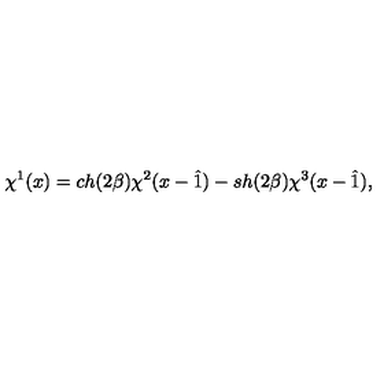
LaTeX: \chi ^ { 1 } ( x ) = c h ( 2 \beta ) \chi ^ { 2 } ( x - \hat { 1 } ) - s h ( 2 \beta ) \chi ^ { 3 } ( x - \hat { 1 } ) ,